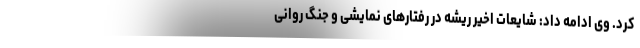
کرد. وی ادامه داد: شایعات اخیر ریشه در رفتارهای نمایشی و جنگ روانی